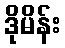
ဒိုမိန်း